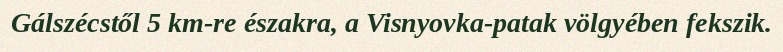
Gálszécstől 5 km-re északra, a Visnyovka-patak völgyében fekszik.